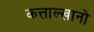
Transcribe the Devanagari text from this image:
कत्ताल्खानो